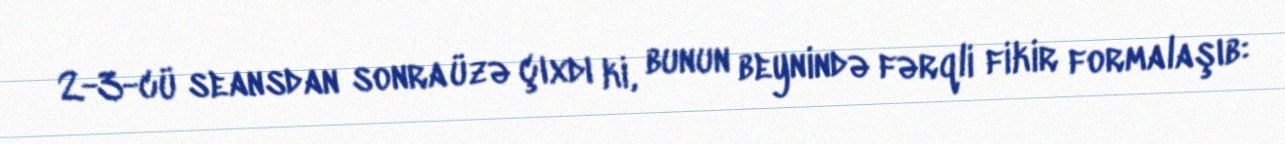
2-3-cü seansdan sonra üzə çıxdı ki, bunun beynində fərqli fikir formalaşıb: